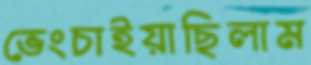
ভেংচাইয়াছিলাম